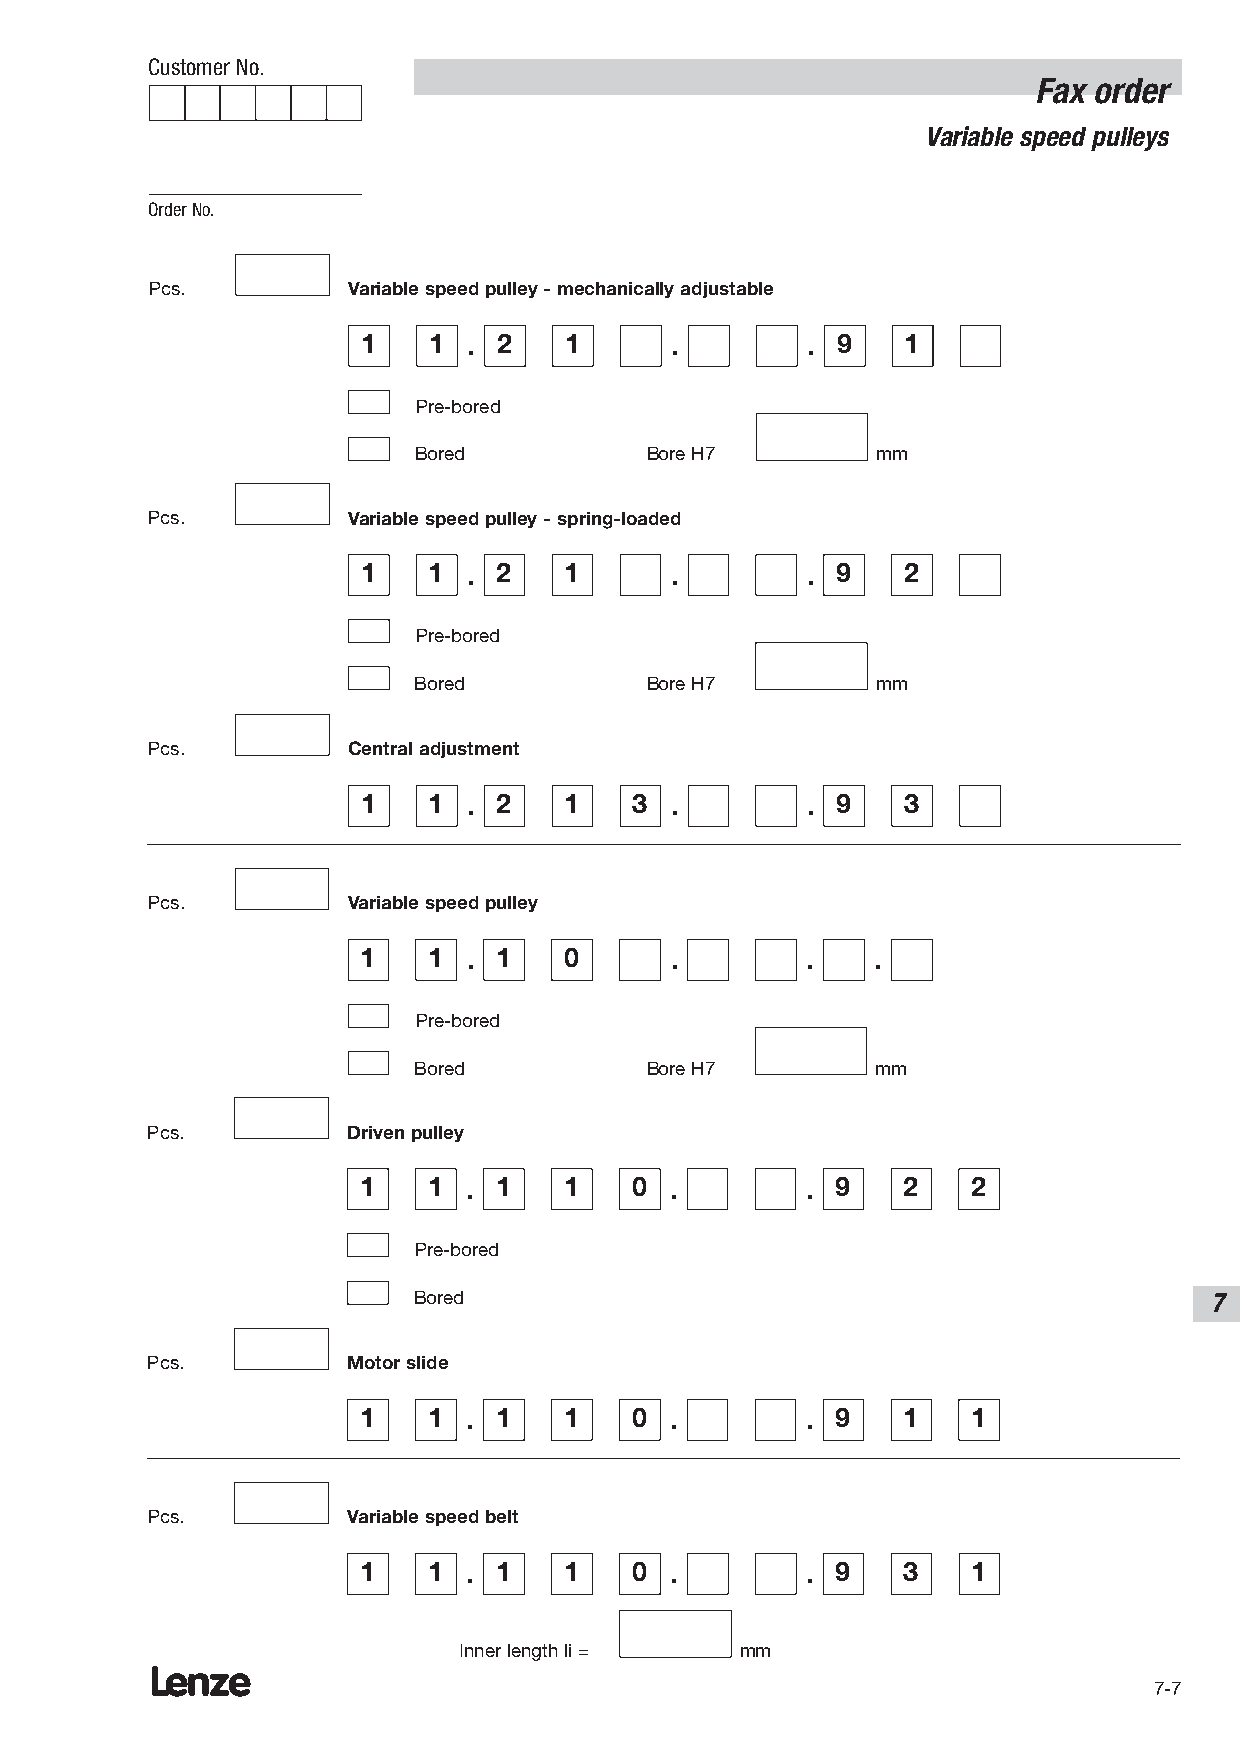
Customer No.
 Fax order
 Variable speed pulleys
 Order No.
 Pcs.         Variable speed pulley - mechanically adjustable
 1   1  . 2   1      .        . 9    1
 Pre-bored
 Bored           Bore H7        mm
 Pcs.         Variable speed pulley - spring-loaded
 1   1  . 2   1      .        . 9    2
 Pre-bored
 Bored           Bore H7        mm
 Pcs.         Central adjustment
 1   1  . 2   1    3 .        . 9    3
 Pcs.         Variable speed pulley
 1   1  . 1   0      .        .    .
 Pre-bored
 Bored           Bore H7        mm
 Pcs.         Driven pulley
 1   1  . 1   1    0 .        . 9    2   2
 Pre-bored
 Bored                                                7
 Pcs.         Motor slide
 1   1  . 1   1    0 .        . 9    1   1
 Pcs.         Variable speed belt
 1   1  . 1   1    0 .        . 9    3   1
 Inner length li =  mm
 Lenze
 7-7